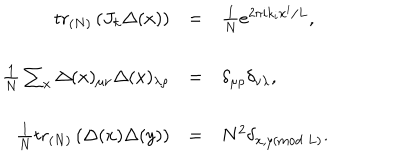
LaTeX: \begin{array} { r c l } { { \mathrm { t r } _ { ( N ) } \left( J _ { k } \Delta ( x ) \right) } } & { { = } } & { { \frac { 1 } { N } e ^ { 2 \pi i k _ { i } x ^ { i } / L } , } } \\ { { \frac { 1 } { N } \sum _ { x } \Delta ( x ) _ { \mu \nu } \Delta ( x ) _ { \lambda \rho } } } & { { = } } & { { \delta _ { \mu \rho } \delta _ { \nu \lambda } , } } \\ { { \frac { 1 } { N } \mathrm { t r } _ { ( N ) } \left( \Delta ( x ) \Delta ( y ) \right) } } & { { = } } & { { N ^ { 2 } \delta _ { x , y ( \mathrm { m o d } \ L ) } . } } \\ \end{array}